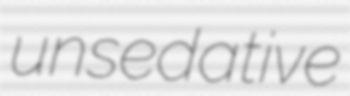
unsedative